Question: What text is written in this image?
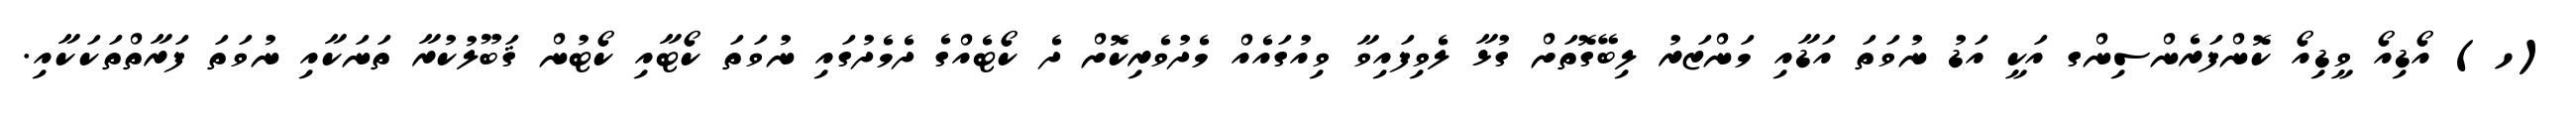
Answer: (ހ) އޯޑިއޯ ވީޑިއޯ ކޮންފަރެންސިންގ އަކީ އަޑު ނުވަތަ އަޑާއި މަންޒަރު ލިބޭގޮތަށް ގުޅާ ލެވިފައިވާ ވިއުގައެއް މެދުވެރިކޮށް ދެ ކޯޓެއްގެ ދެމެދުގައި ނުވަތަ ކޯޓާއި ކޯޓުން ޤަބޫލުކުރާ ތަނަކާއި ނުވަތަ ފަރާތްތަކަކާއި.